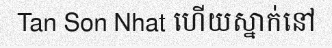
Tan Son Nhat ហើយស្នាក់នៅ